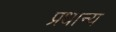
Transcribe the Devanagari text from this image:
प्रधान्य